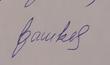
Signature authenticity: forged